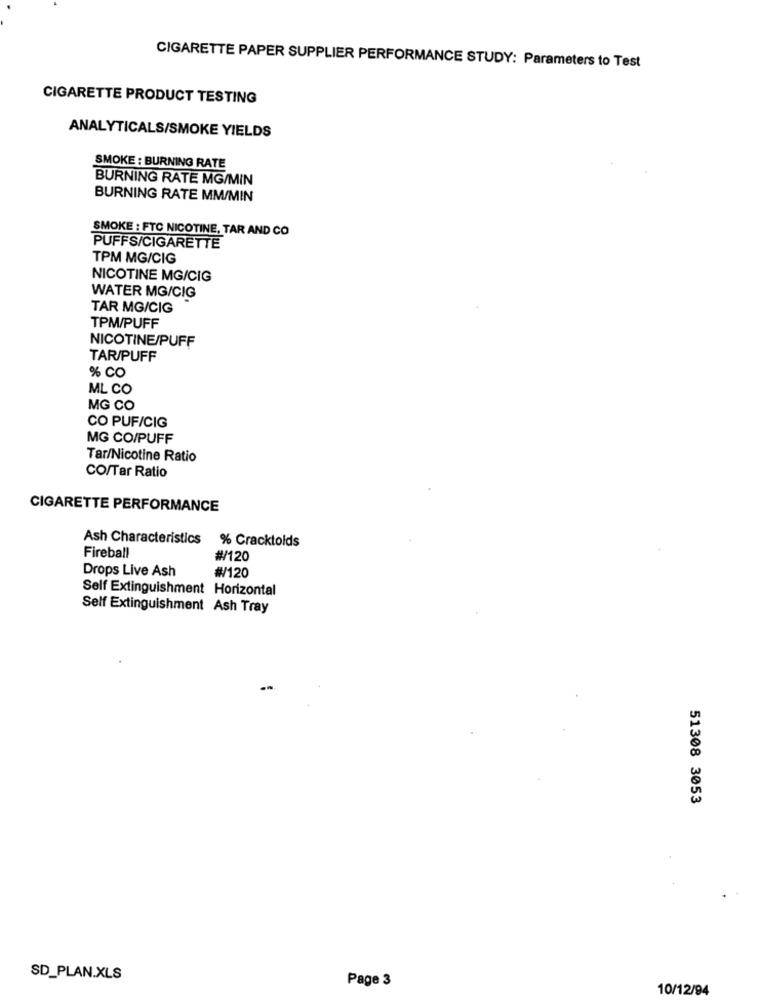
CIGARETTE PAPER SUPPLIER PERFORMANCE STUDY: Parameters to Test
CIGARETTE PRODUCT TESTING
ANALYTICALS/SMOKE YIELDS
SMOKE : BURNING RATE
BURNING RATE MG/MIN
BURNING RATE MM/MIN
SMOKE : FTC NICOTINE, TAR AND CO
PUFFS/CIGARETTE
TPM MG/CIG
NICOTINE MG/CIG
WATER MG/CIG
TAR MG/CIG
TPM/PUFF
NICOTINE/PUFF
TAR/PUFF
% CO
ML CO
MG CO
CO PUF/CIG
MG CO/PUFF
Tar/Nicotine Ratio
CO/Tar Ratio
CIGARETTE PERFORMANCE
Ash Characteristics % Cracktolds
Fireball
#/120
Drops Live Ash
#/120
Self Extinguishment Horizontal
Self Extinguishment Ash Tray
51308 3053
SD_PLAN.XLS
Page 3
10/12/94